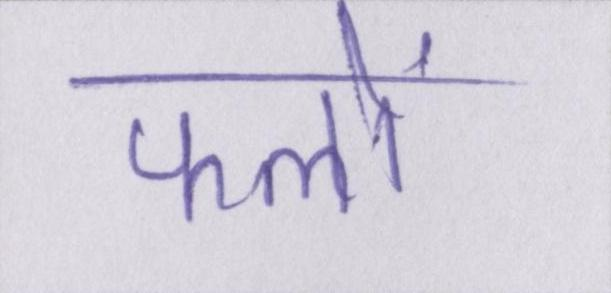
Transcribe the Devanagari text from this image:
फलों